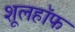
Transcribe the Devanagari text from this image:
शूलहॉफ